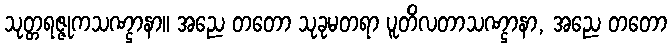
သုတ္တရဇ္ဇုကသဏ္ဌာနာ။ အညေ တတော သုခုမတရာ ပူတိလတာသဏ္ဌာနာ, အညေ တတော